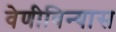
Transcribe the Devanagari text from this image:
वेणीविन्यास